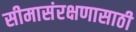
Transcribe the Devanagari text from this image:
सीमासंरक्षणासाठी